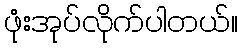
ဖုံးအုပ်လိုက်ပါတယ်။